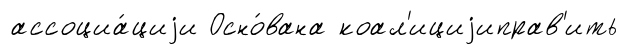
ассоциа́циjи Осно́вана коал'ициjиправ'ить